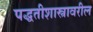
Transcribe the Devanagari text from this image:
पद्धतीशास्त्रावरील